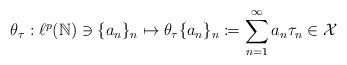
LaTeX: \begin{align*}\theta_\tau : \ell^p(\mathbb{N}) \ni \{a_n\}_n \mapsto \theta_\tau \{a_n\}_n\coloneqq \sum_{n=1}^\infty a_n\tau_n \in \mathcal{X}\end{align*}